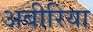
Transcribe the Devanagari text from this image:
अबीरिया